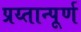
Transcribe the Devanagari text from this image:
प्रय्तान्पूर्ण